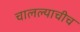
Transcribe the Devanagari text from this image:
चालल्याचीच